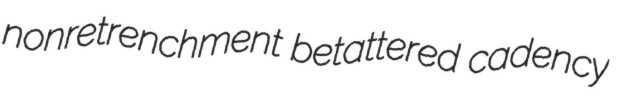
nonretrenchment betattered cadency